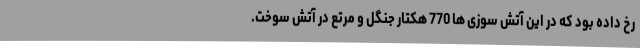
رخ داده بود که در این آتش سوزی ها 770 هکتار جنگل و مرتع در آتش سوخت.